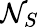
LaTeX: \mathcal{N}_{S}